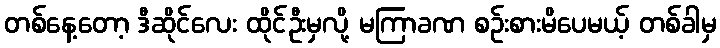
တစ်နေ့တော့ ဒီဆိုင်လေး ထိုင်ဦးမှလို့ မကြာခဏ စဉ်းစားမိပေမယ့် တစ်ခါမှ